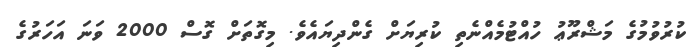
ކުރުވުމުގެ މަޝްރޫޢު ހުއްޓުމެއްނެތި ކުރިޔަށް ގެންދިޔައެވެ. މިގޮތަށް ގޮސް 2000 ވަނަ އަހަރުގެ